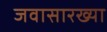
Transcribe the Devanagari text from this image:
जवासारख्या